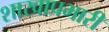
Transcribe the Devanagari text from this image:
शाखाप्रभारी